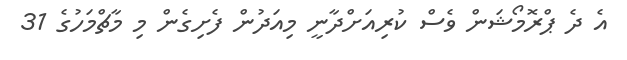
އެ ދެ ޕްރޮމޯޝަން ވެސް ކުރިއަށްދާނީ މިއަދުން ފެށިގެން މި މާޗްމަހުގެ 31